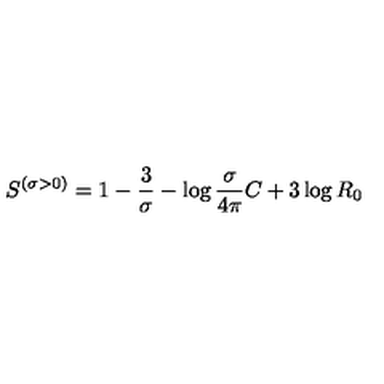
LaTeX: S ^ { \left( { \sigma > 0 } \right) } = 1 - { \frac { 3 } { \sigma } } - \log { \frac { \sigma } { 4 \pi } } C + 3 \log R _ { 0 }